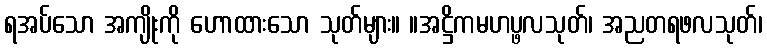
ရအပ်သော အကျိုးကို ဟောထားသော သုတ်များ။ ။အဋ္ဌိကမဟပ္ဖလသုတ်၊ အညတရဖလသုတ်၊